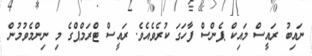
ނައިބު ރައީސް މައިކް ޕެންސް ފާހަގަ ކުރެވެއެވެ. ރައީސް ޓްރަމްޕްގެ މި ނިންމެވުމުން